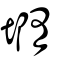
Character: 𡐦